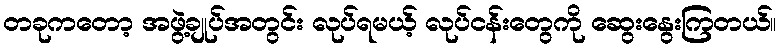
တခုကတော့ အဖွဲ့ချုပ်အတွင်း လုပ်ရမယ့် လုပ်ငန်းတွေကို ဆွေးနွေးကြတယ်။